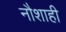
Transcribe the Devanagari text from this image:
नौशाही